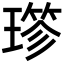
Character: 𤨤